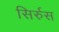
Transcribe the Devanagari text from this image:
सिर्रुस